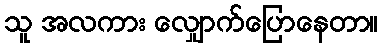
သူ အလကား လျှောက်ပြောနေတာ။